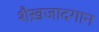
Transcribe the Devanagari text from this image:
शैख़जादगान